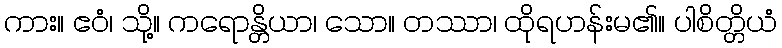
ကား။ ဧဝံ၊ သို့။ ကရောန္တိယာ၊ သော။ တဿာ၊ ထိုရဟန်းမ၏။ ပါစိတ္တိယံ